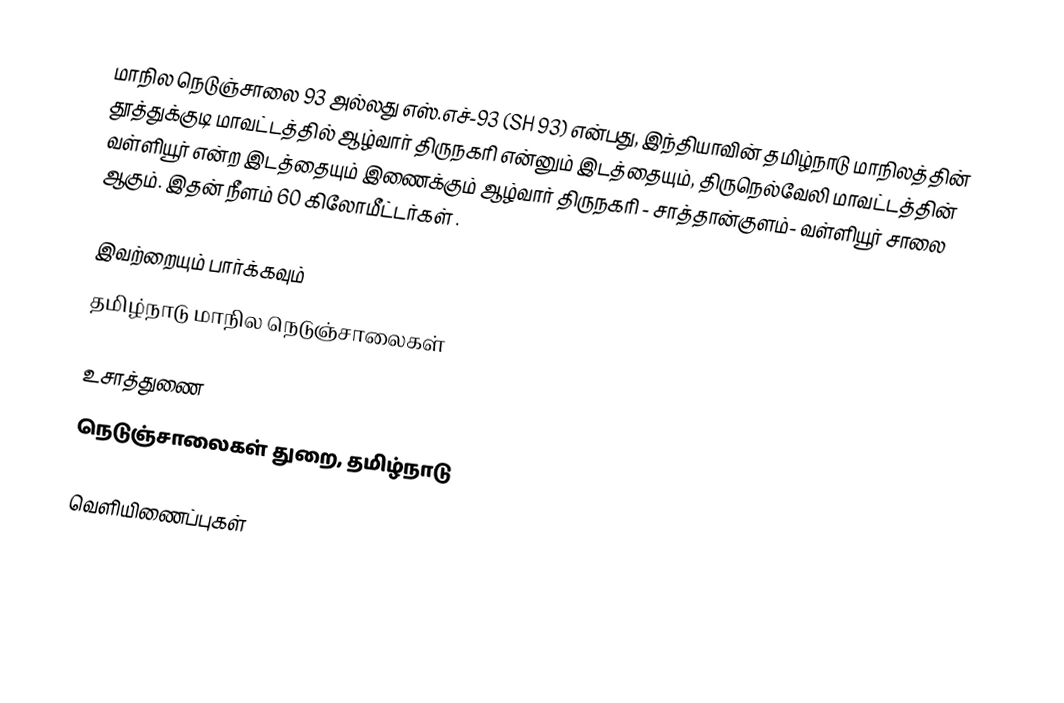
மாநில நெடுஞ்சாலை 93 அல்லது எஸ்.எச்-93 (SH 93) என்பது, இந்தியாவின் தமிழ்நாடு மாநிலத்தின் தூத்துக்குடி மாவட்டத்தில் ஆழ்வார் திருநகரி என்னும் இடத்தையும், திருநெல்வேலி மாவட்டத்தின் வள்ளியூர் என்ற இடத்தையும் இணைக்கும் ஆழ்வார் திருநகரி - சாத்தான்குளம்- வள்ளியூர் சாலை ஆகும். இதன் நீளம் 60  கிலோமீட்டர்கள் .

இவற்றையும் பார்க்கவும்
 தமிழ்நாடு மாநில நெடுஞ்சாலைகள்

உசாத்துணை
 நெடுஞ்சாலைகள் துறை, தமிழ்நாடு

வெளியிணைப்புகள்